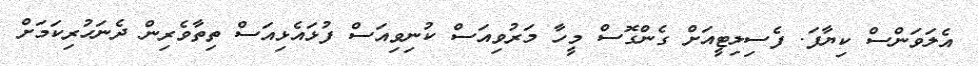
އެލަވަންސް ކިޔާފަ. ފެސިލިޓީއަށް ގެންގޮސް މީހާ މަރުވިއަސް ކުނިވިއަސް ފުޅައެޅިއަސް ތިތާވެރިން ދެނަހުރިކަމަށް